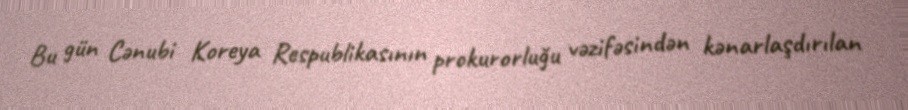
Bu gün Cənubi Koreya Respublikasının prokurorluğu vəzifəsindən kənarlaşdırılan